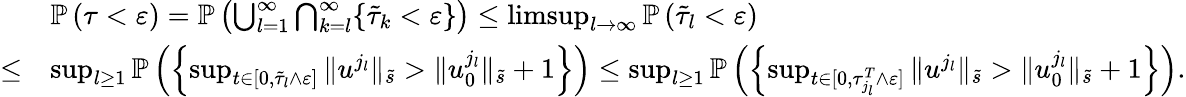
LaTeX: \begin{array}{rl}&{\mathbb P\left(\tau<\varepsilon\right)=\mathbb P\left(\bigcup_{l=1}^{\infty}\bigcap_{k=l}^{\infty}\lbrace\tilde{\tau}_{k}<\varepsilon\rbrace\right)\leq\operatorname*{limsup}_{l\to\infty}\mathbb P\left(\tilde{\tau}_{l}<\varepsilon\right)}\\ {\leq}&{\operatorname*{sup}_{l\geq 1}\mathbb P\left(\left\lbrace\operatorname*{sup}_{t\in[0,\tilde{\tau}_{l}\wedge\varepsilon]}\| u^{j_{l}}\| _{\tilde{s}}>\| u_{0}^{j_{l}}\| _{\tilde{s}}+1\right\rbrace\right)\leq\operatorname*{sup}_{l\geq 1}\mathbb P\left(\left\lbrace\operatorname*{sup}_{t\in[0,\tau_{j_{l}}^{T}\wedge\varepsilon]}\| u^{j_{l}}\| _{\tilde{s}}>\| u_{0}^{j_{l}}\| _{\tilde{s}}+1\right\rbrace\right).}\end{array}